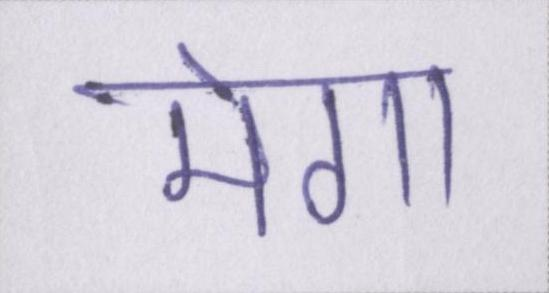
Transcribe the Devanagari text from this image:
मेगा